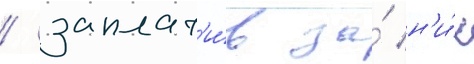
/ заплат'и́в за́ н'и́х